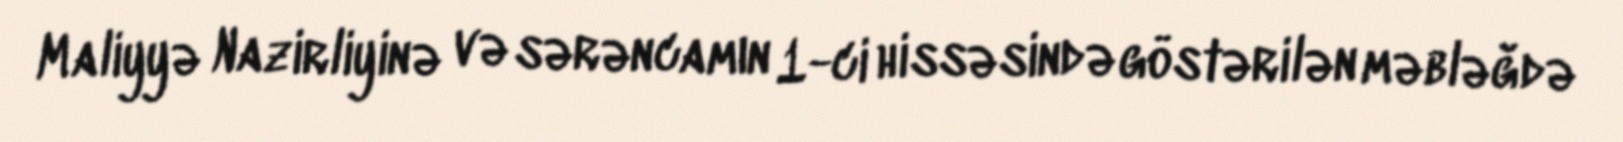
Maliyyə Nazirliyinə və sərəncamın 1-ci hissəsində göstərilən məbləğdə